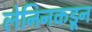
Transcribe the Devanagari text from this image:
लेनिनकडून